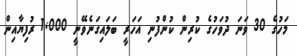
މަހުގެ 30 ވަނަ ދުވަހުގެ ކުރިން ކުންފުނި އަހަރީ ބަލައިގަނެވޭނީ 1